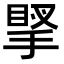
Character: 𢯲